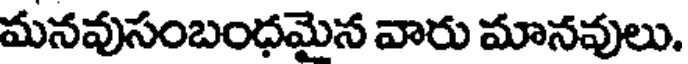
మనవుసంబంధమైన వారు మానవులు.